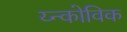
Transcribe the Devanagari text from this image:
य्न्कोविक